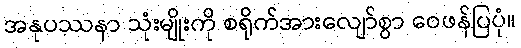
အနုပဿနာ သုံးမျိုးကို စရိုက်အားလျော်စွာ ဝေဖန်ပြပုံ။